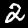
Digit: 2